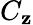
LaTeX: C_{\mathbf{z}}